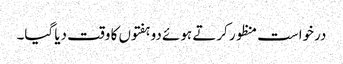
درخواست منظور کرتے ہوئے دو ہفتوں کا وقت دیا گیا۔